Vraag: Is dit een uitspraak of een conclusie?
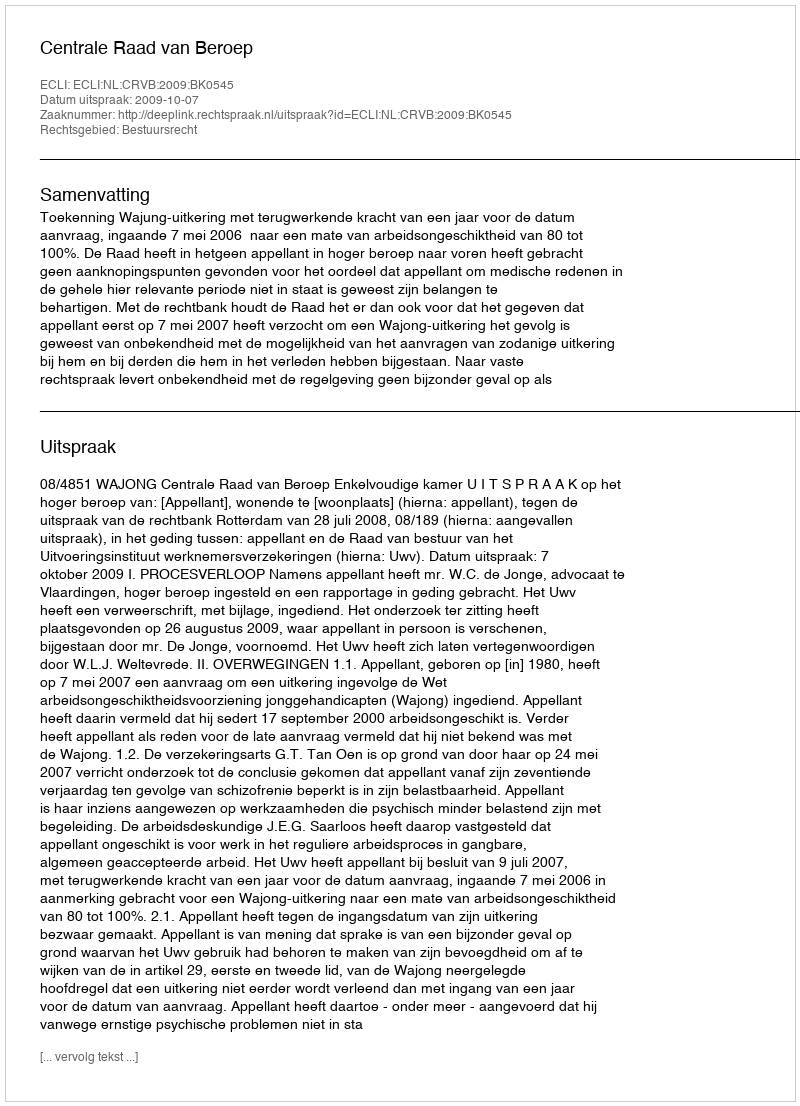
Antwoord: Uitspraak